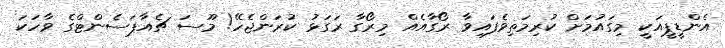
އެންޑީޕީއަކީ މިގައުމަށް ކުރިމަތިވެފައިވާ ރޯގާއެއް މިރޯގާ ރަގަޅު ކުރަންޖެހޭ! މޫސަ ޗެއާޕަސެންޓްގެ ވާހަކަ